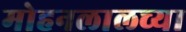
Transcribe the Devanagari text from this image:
मोहनलालच्या